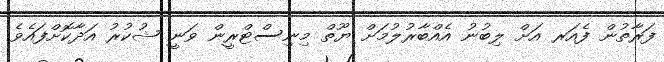
ފަރާތުން ފެއަރ އަށް ލިބުނު އެއްބާރުލުމަށް ޔޫތް މިނިސްޓްރީން ވަނީ ޝުކުރު އަދާކޮށްފައެވެ.